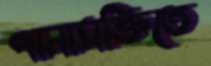
পানাসক্তিতে